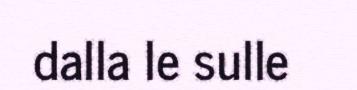
dalla le sulle